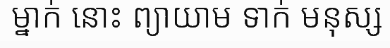
ម្នាក់ នោះ ព្យាយាម ទាក់ មនុស្ស